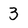
Character: 3